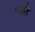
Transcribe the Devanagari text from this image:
पद्रंह